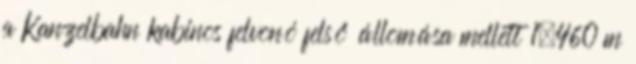
a Kanzelbahn kabinos felvonó felső állomása mellett 1.460 m